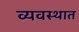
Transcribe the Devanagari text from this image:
व्यवस्थात